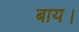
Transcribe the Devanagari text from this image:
बाय।